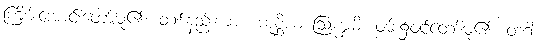
ကြိမ်းအောင်းတော်မူ၏။ တစ်နည်းကား။ ကုစ္ဆိယံ ဩက္ကမိ၊ ဝမ်း၌ဝင်တော်မူ၏။ တဒါ၊